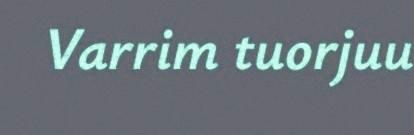
Varrim tuorjuu